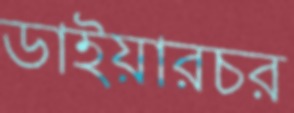
ডাইয়ারচর